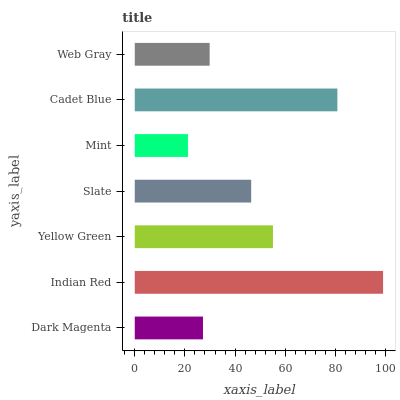
| yaxis_label | bars |
 | --- | --- |
 | Dark Magenta | 27.2 |
 | Indian Red | 99 |
 | Yellow Green | 55.1 |
 | Slate | 46.4 |
 | Mint | 21.2 |
 | Cadet Blue | 80.8 |
 | Web Gray | 29.9 |